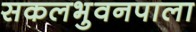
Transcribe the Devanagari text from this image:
सकलभुवनपाला